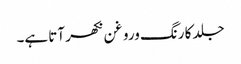
جلد کا رنگ وروغن نکھر آتا ہے۔